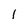
Character: 1